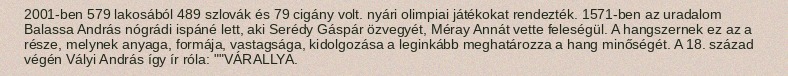
2001-ben 579 lakosából 489 szlovák és 79 cigány volt. nyári olimpiai játékokat rendezték. 1571-ben az uradalom Balassa András nógrádi ispáné lett, aki Serédy Gáspár özvegyét, Méray Annát vette feleségül. A hangszernek ez az a része, melynek anyaga, formája, vastagsága, kidolgozása a leginkább meghatározza a hang minőségét. A 18. század végén Vályi András így ír róla: ""VÁRALLYA.